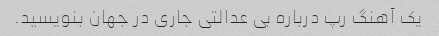
یک آهنگ رپ درباره بی عدالتی جاری در جهان بنویسید.